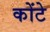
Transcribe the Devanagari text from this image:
कोंटे